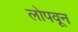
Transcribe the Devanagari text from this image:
लोपवून